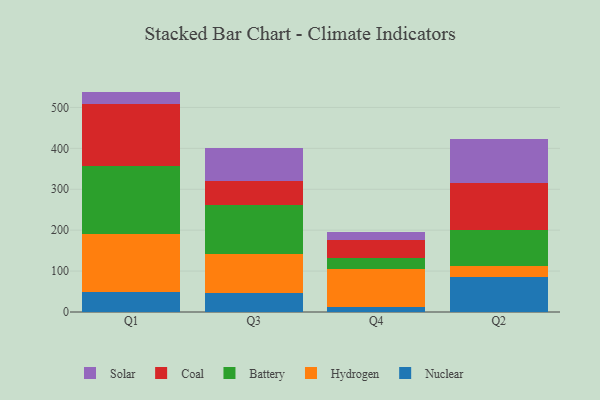
{"axis": {"x": "Quarter", "y": "Conversion Rate (%)"}, "legend": ["Battery", "Coal", "Hydrogen", "Nuclear", "Solar"], "data": [{"x": "Q1", "y": 49.3, "type": "Nuclear"}, {"x": "Q1", "y": 140.4, "type": "Hydrogen"}, {"x": "Q1", "y": 167.7, "type": "Battery"}, {"x": "Q1", "y": 152.0, "type": "Coal"}, {"x": "Q1", "y": 29.3, "type": "Solar"}, {"x": "Q3", "y": 45.3, "type": "Nuclear"}, {"x": "Q3", "y": 97.1, "type": "Hydrogen"}, {"x": "Q3", "y": 119.2, "type": "Battery"}, {"x": "Q3", "y": 58.5, "type": "Coal"}, {"x": "Q3", "y": 79.9, "type": "Solar"}, {"x": "Q4", "y": 11.4, "type": "Nuclear"}, {"x": "Q4", "y": 92.8, "type": "Hydrogen"}, {"x": "Q4", "y": 28.2, "type": "Battery"}, {"x": "Q4", "y": 44.4, "type": "Coal"}, {"x": "Q4", "y": 19.1, "type": "Solar"}, {"x": "Q2", "y": 86.1, "type": "Nuclear"}, {"x": "Q2", "y": 26.0, "type": "Hydrogen"}, {"x": "Q2", "y": 89.1, "type": "Battery"}, {"x": "Q2", "y": 114.5, "type": "Coal"}, {"x": "Q2", "y": 108.3, "type": "Solar"}]}